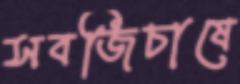
সবজিচাষে